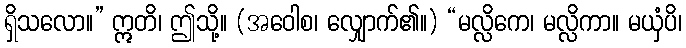
ရှိသလော။” ဣတိ၊ ဤသို့။ (အဝေါစ၊ လျှောက်၏။) “မလ္လိကေ၊ မလ္လိကာ။ မယှံပိ၊